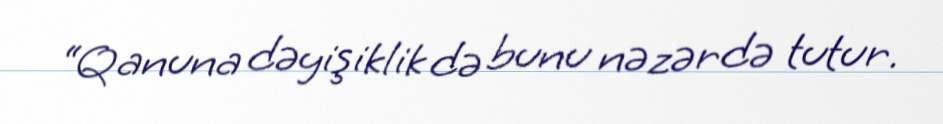
“Qanuna dəyişiklik də bunu nəzərdə tutur.